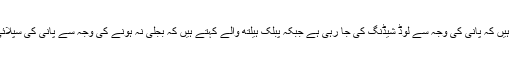
برقیات والے کہتے ہیں کہ پانی کی وجہ سے لوڈ شیڈنگ کی جا رہی ہے جبکہ پبلک ہیلتھ والے کہتے ہیں کہ بجلی نہ ہونے کی وجہ سے پانی کی سپلائی معطل رہتی ہے ۔